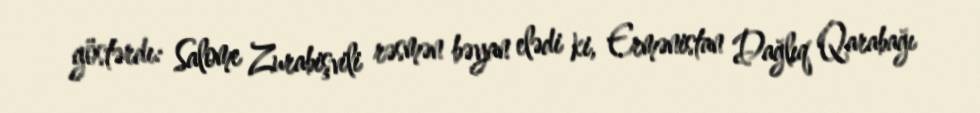
göstərdı: Salome Zurabişvili rəsmən bəyan elədi ki, Ermənistan Dağlıq Qarabağı